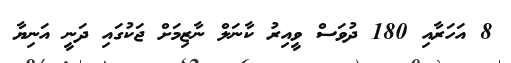
8 އަހަރާއި 180 ދުވަސް ވީއިރު ކާނަލް ނާޒިމަށް ޖަކުގައި ދަނީ އަނިޔާ